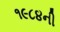
૧૯૮૪ની